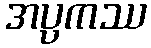
အပ္ပကဿ